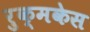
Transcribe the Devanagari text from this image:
रुक्मकेस